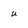
Character: u